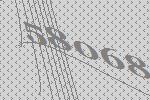
58068